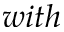
w i t h